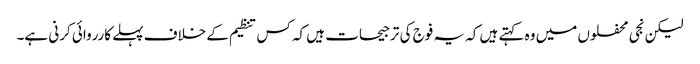
لیکن نجی محفلوں میں وہ کہتے ہیں کہ یہ فوج کی ترجیحات ہیں کہ کس تنظیم کے خلاف پہلے کارروائی کرنی ہے۔